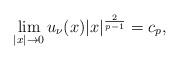
LaTeX: \begin{align*} \lim_{|x|\to0}u_\nu(x)|x|^{\frac{2}{p-1}}=c_{p},\end{align*}